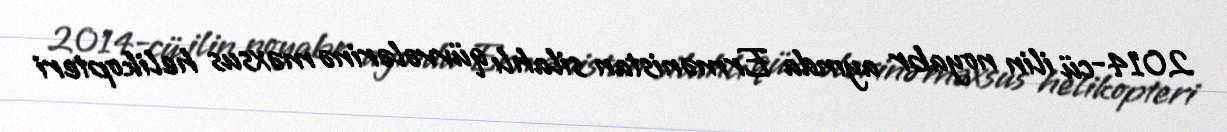
2014-cü ilin noyabr ayında Ermənistan silahlı qüvvələrinə məxsus helikopteri